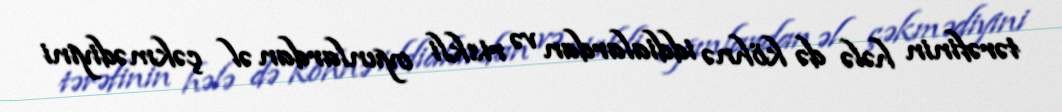
tərəfinin hələ də köhnə iddialardan və riskli oyunlardan əl çəkmədiyini